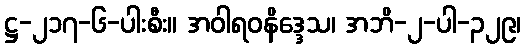
ဋ္ဌ-၂၁၇-၆-ပါးစီး။ အဝါရဝနိဒ္ဒေသ၊ အဘိ-၂-ပါ-၃၂၉၊